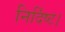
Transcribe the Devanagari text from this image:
निर्दिष्ट।